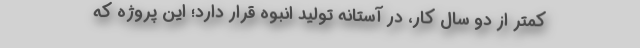
کمتر از دو سال کار، در آستانه تولید انبوه قرار دارد؛ این پروژه که